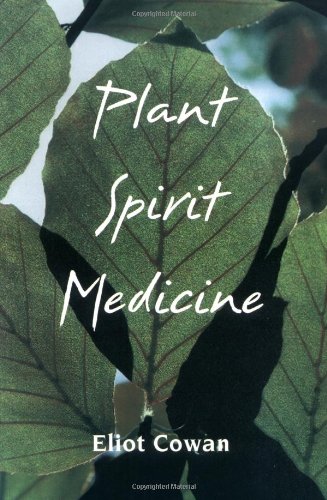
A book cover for Plant Spirit Medicine: The Healing Power of Plants; Eliot Cowan; Self-Help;